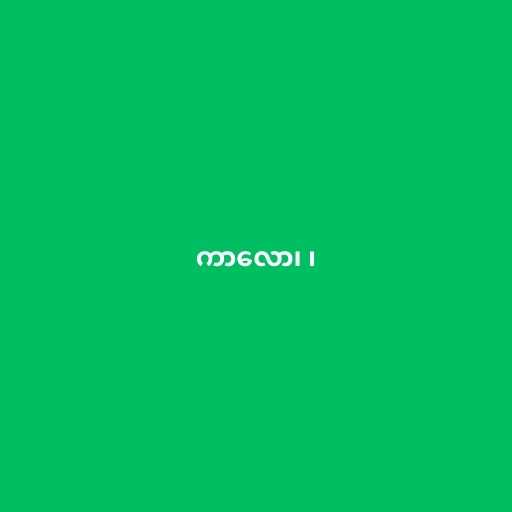
ကာလော၊ ၊